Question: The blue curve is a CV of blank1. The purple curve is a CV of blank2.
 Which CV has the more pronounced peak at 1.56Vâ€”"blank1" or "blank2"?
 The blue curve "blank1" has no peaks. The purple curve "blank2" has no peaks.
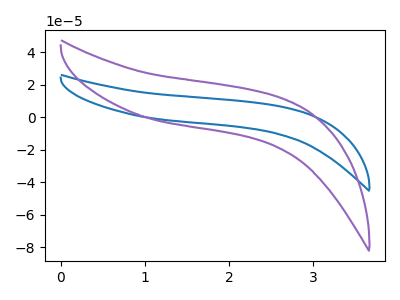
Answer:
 <answer>"blank1" and "blank2" dont share a peak at 1.56V.</answer>
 <eval>mismatch</eval>